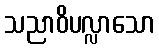
သညာဝိပလ္လာသော